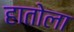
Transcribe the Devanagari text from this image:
हातोला